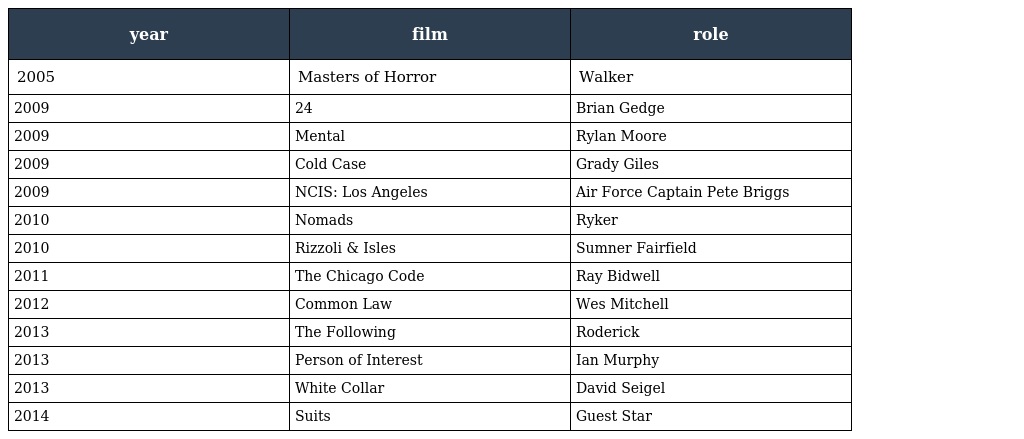
| year | film | role |
 | --- | --- | --- |
 | 2005 | Masters of Horror | Walker |
 | 2009 | 24 | Brian Gedge |
 | 2009 | Mental | Rylan Moore |
 | 2009 | Cold Case | Grady Giles |
 | 2009 | NCIS: Los Angeles | Air Force Captain Pete Briggs |
 | 2010 | Nomads | Ryker |
 | 2010 | Rizzoli & Isles | Sumner Fairfield |
 | 2011 | The Chicago Code | Ray Bidwell |
 | 2012 | Common Law | Wes Mitchell |
 | 2013 | The Following | Roderick |
 | 2013 | Person of Interest | Ian Murphy |
 | 2013 | White Collar | David Seigel |
 | 2014 | Suits | Guest Star |